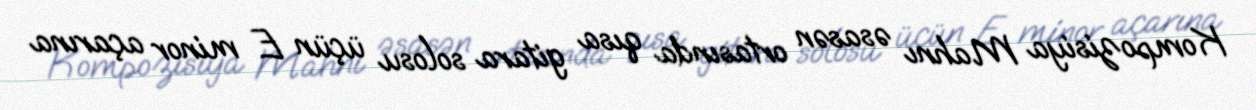
Kompozisiya Mahnı əsasən ortasında qısa gitara solosu üçün E minor açarına